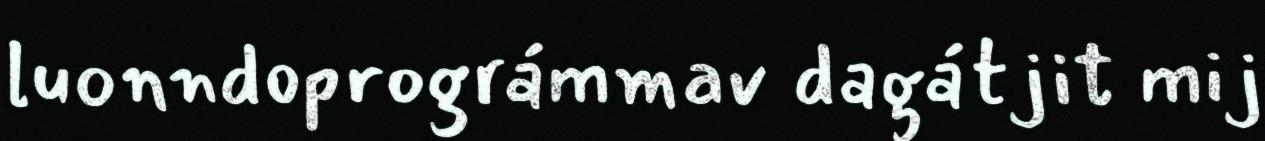
luonndoprográmmav dagátjit mij